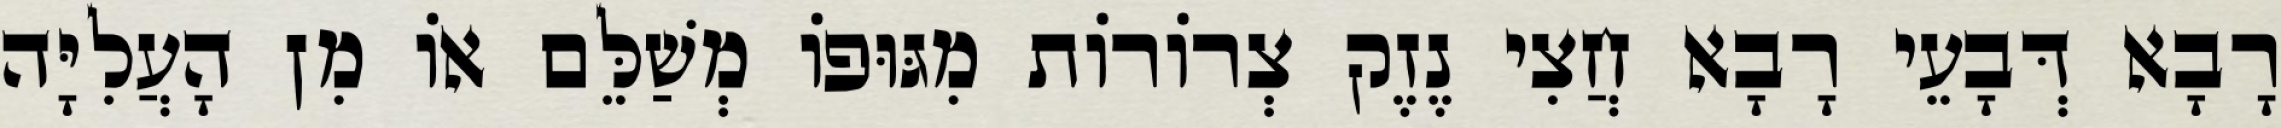
רָבָא דְּבָעֵי רָבָא חֲצִי נֶזֶק צְרוֹרוֹת מִגּוּפוֹ מְשַׁלֵּם אוֹ מִן הָעֲלִיָּה